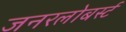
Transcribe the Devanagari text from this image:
जनरलोबर्स्ट